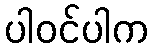
ပါဝင်ပါက